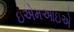
ઇએમઆઇએ